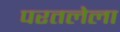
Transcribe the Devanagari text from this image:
परतलेला